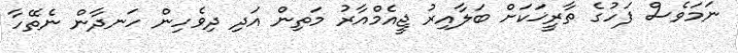
ނަމަވެސް ފަހުގެ ތާރީޚަކަށް ބަލާއިރު ޖީއެމްއާރު މަތިން އަދި ދިވެހިން ހަނދާން ނެތޭހާ